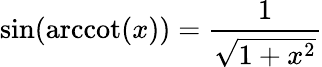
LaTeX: \sin(\operatorname{arccot}(x))={\frac{1}{\sqrt{1+x^{2}}}}